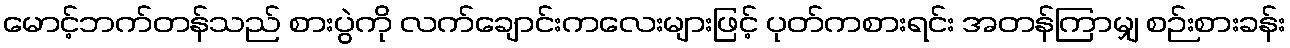
မောင့်ဘက်တန်သည် စားပွဲကို လက်ချောင်းကလေးများဖြင့် ပုတ်ကစားရင်း အတန်ကြာမျှ စဉ်းစားခန်း